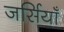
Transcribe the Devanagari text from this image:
जर्सियाँ